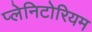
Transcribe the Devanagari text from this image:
प्लेनिटोरियम